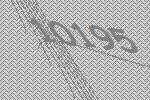
10195